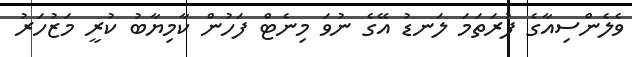
ވެލެންސިއާގެ ފުރަތަމަ ލަނޑު އޭގެ ނުވަ މިނެޓް ފަހުން ކާމިޔާބު ކުރީ މަޒުހަރު